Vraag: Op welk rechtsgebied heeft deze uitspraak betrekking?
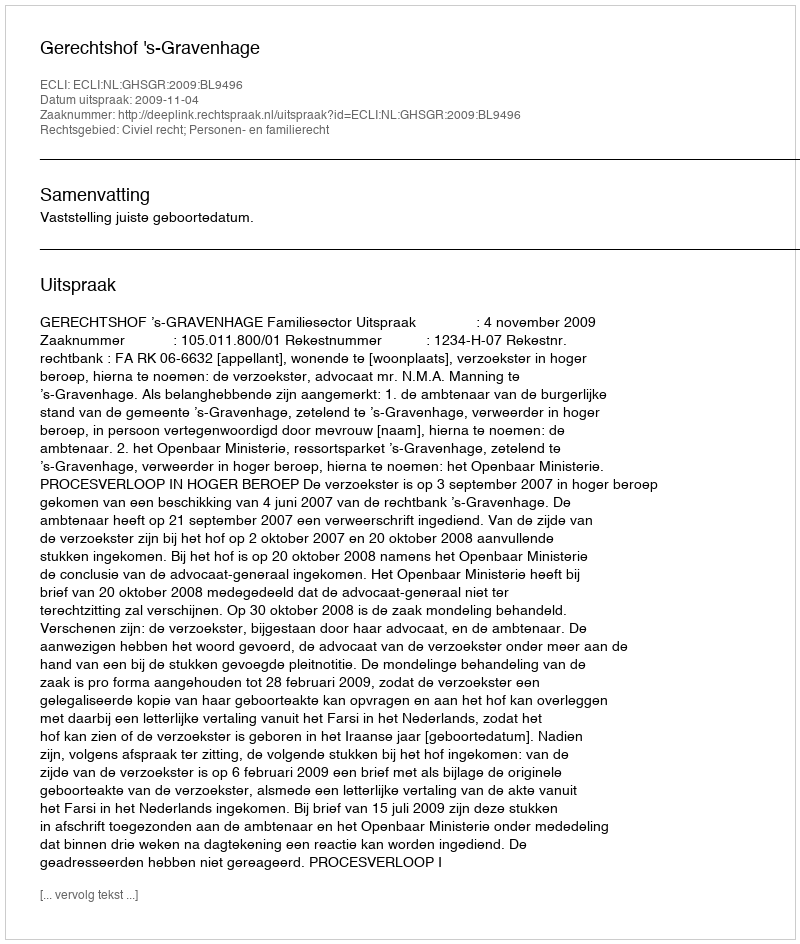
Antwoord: Civiel recht; Personen- en familierecht